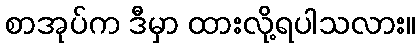
စာအုပ်က ဒီမှာ ထားလို့ရပါသလား။